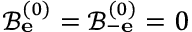
\mathcal { B } _ { \bf e } ^ { ( 0 ) } = \mathcal { B } _ { - \bf e } ^ { ( 0 ) } = 0